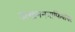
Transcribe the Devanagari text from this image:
उत्खननमाफियांवर